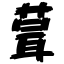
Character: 葺